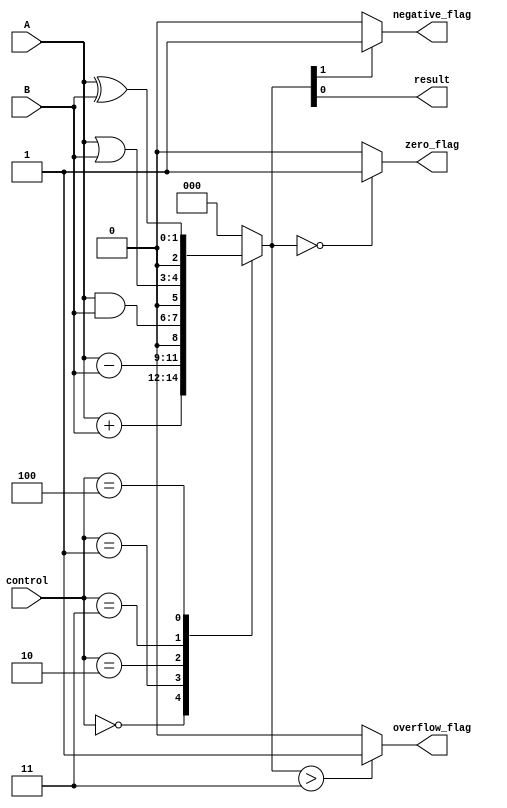
module ALU(input [1:0] A, B,
           input [2:0] control,
           output reg result,
           output zero_flag,
           output negative_flag,
           output overflow_flag);

reg [2:0] temp_result;
reg is_overflow, is_negative, is_zero;

always @(A, B, control) begin
  case(control)
    3'b000: temp_result = A + B; // addition
    3'b001: temp_result = A - B; // subtraction
    3'b010: temp_result = A & B; // bitwise AND
    3'b011: temp_result = A | B; // bitwise OR
    3'b100: temp_result = A ^ B; // bitwise XOR
    default: temp_result = 3'b000; // default to zero
  endcase

  if(temp_result > 2'b11) begin
    is_overflow = 1;
  end else begin
    is_overflow = 0;
  end

  if(temp_result == 2'b00) begin
    is_zero = 1;
  end else begin
    is_zero = 0;
  end

  if(temp_result[1] == 1) begin
    is_negative = 1;
  end else begin
    is_negative = 0;
  end

  result <= temp_result;
  zero_flag <= is_zero;
  negative_flag <= is_negative;
  overflow_flag <= is_overflow;
end

endmodule